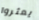
يعثروا